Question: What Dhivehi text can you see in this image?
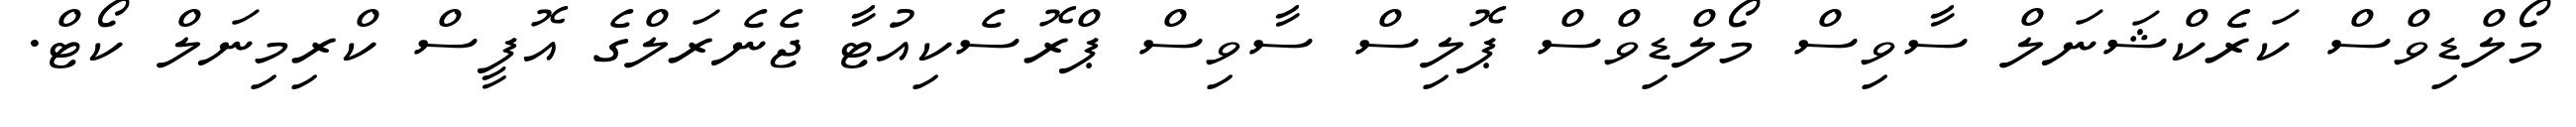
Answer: މޯލްޑިވްސް ކަރެކްޝަނަލް ސާވިސް މޯލްޑިވްސް ޕޮލިސް ސާވިސް ޕްރޮސެކިއުޓާ ޖެނެރަލްގެ އޮފީސް ކްރިމިނަލް ކޯޓް.